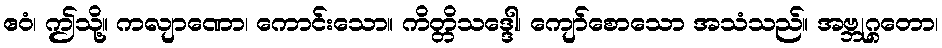
ဧဝံ၊ ဤသို့။ ကလျာဏော၊ ကောင်းသော။ ကိတ္တိသဒ္ဒေါ၊ ကျော်စောသော အသံသည်။ အဗ္ဘုဂ္ဂတော၊